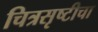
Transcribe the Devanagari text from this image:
चित्रसृष्टीचा